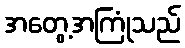
အတွေ့အကြုံသည်